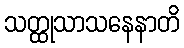
သတ္ထုသာသနေနာတိ